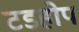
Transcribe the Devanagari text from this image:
टडहोप